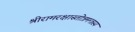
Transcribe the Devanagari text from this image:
श्रीरामरक्षास्तोत्रमन्त्रस्य